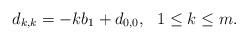
\begin{align*} d_{k,k}=-kb_{1}+d_{0,0}, \ \ 1\leq k\leq m.\end{align*}